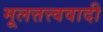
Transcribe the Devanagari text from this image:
मूलत्तत्त्ववादी